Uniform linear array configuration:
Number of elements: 32
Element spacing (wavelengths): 0.5
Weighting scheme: blackman
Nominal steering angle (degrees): -15
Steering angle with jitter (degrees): -16.391
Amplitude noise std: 0.05
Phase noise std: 0.05

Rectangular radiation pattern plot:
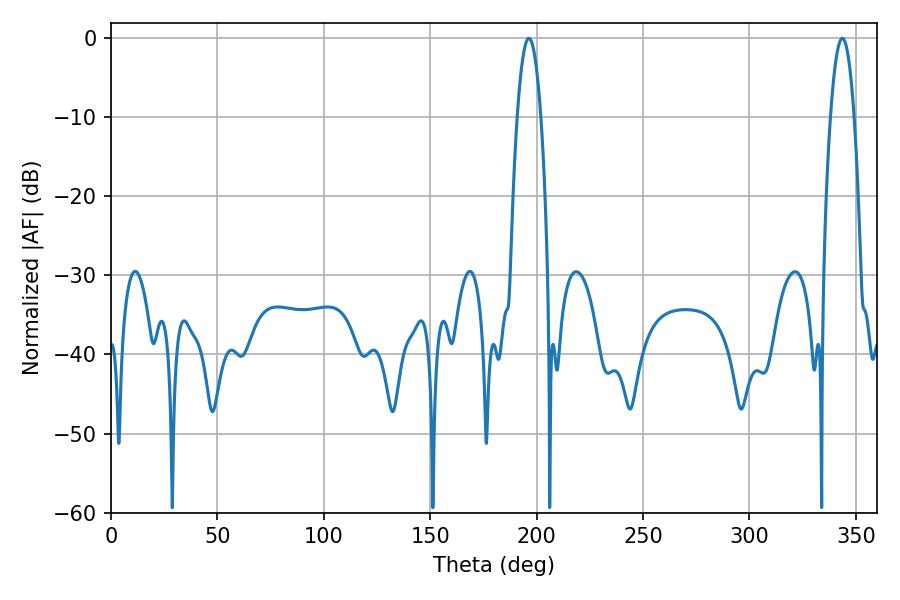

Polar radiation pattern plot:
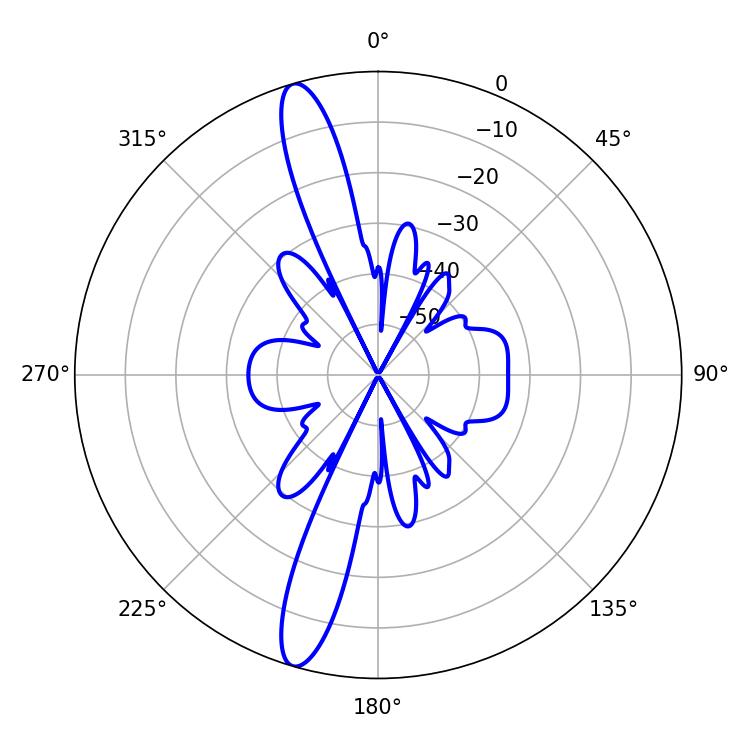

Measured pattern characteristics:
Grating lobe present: FALSE
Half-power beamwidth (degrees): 6.12
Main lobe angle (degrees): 196.38